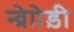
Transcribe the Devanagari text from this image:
न्व्रेाोड़ी